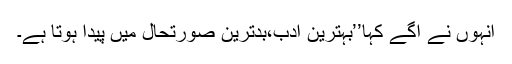
انہوں نے آگے کہا’’بہترین ادب،بدترین صورتحال میں پیدا ہوتا ہے۔